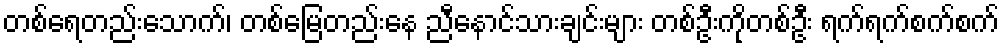
တစ်ရေတည်းသောက်၊ တစ်မြေတည်းနေ ညီနောင်သားချင်းများ တစ်ဦးကိုတစ်ဦး ရက်ရက်စက်စက်